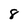
Character: 8